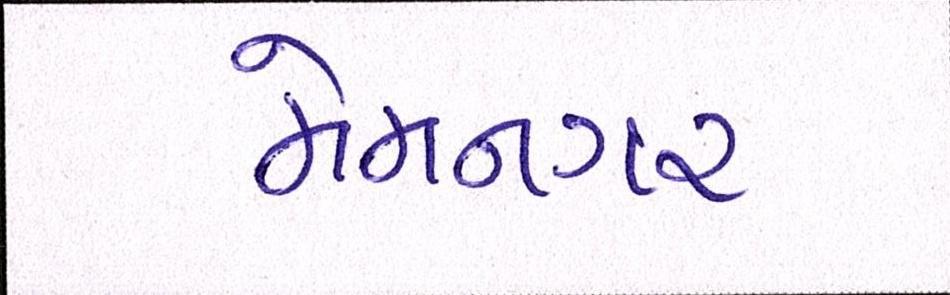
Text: મેમનગર